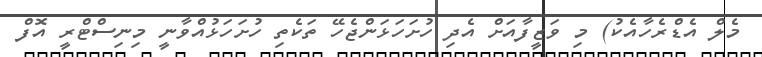
މެލް އެޑްރެހާއެކު) މި ވަޒީފާއަށް އެދި ހުށަހަޅަންޖެހޭ ތަކެތި ހުށަހަޅުއްވާނީ މިނިސްޓްރީ އޮފް